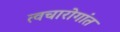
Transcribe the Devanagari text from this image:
त्वचारोगांत